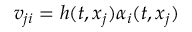
v _ { j i } = h ( t , x _ { j } ) \alpha _ { i } ( t , x _ { j } )